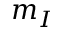
m _ { I }